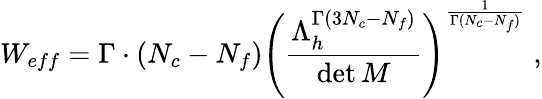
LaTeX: W_{eff}=\Gamma\cdot(N_{c}-N_{f})\left(\frac{\Lambda_{h}^{\Gamma(3N_{c}-N_{f})}}{\operatorname*{det}M}\right)^{\frac{1}{\Gamma(N_{c}-N_{f})}}\; ,